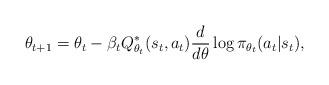
LaTeX: \begin{align*} \theta_{t+1} = \theta_t - \beta_t Q_{\theta_t}^*(s_t, a_t) \frac{d}{d \theta} \log \pi_{\theta_t} (a_t|s_t), \end{align*}